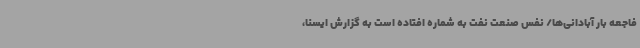
فاجعه بار آبادانی‌ها/ نفس صنعت نفت به شماره افتاده است به گزارش ایسنا،